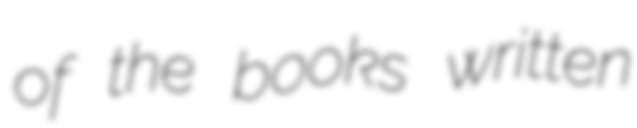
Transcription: of the books written